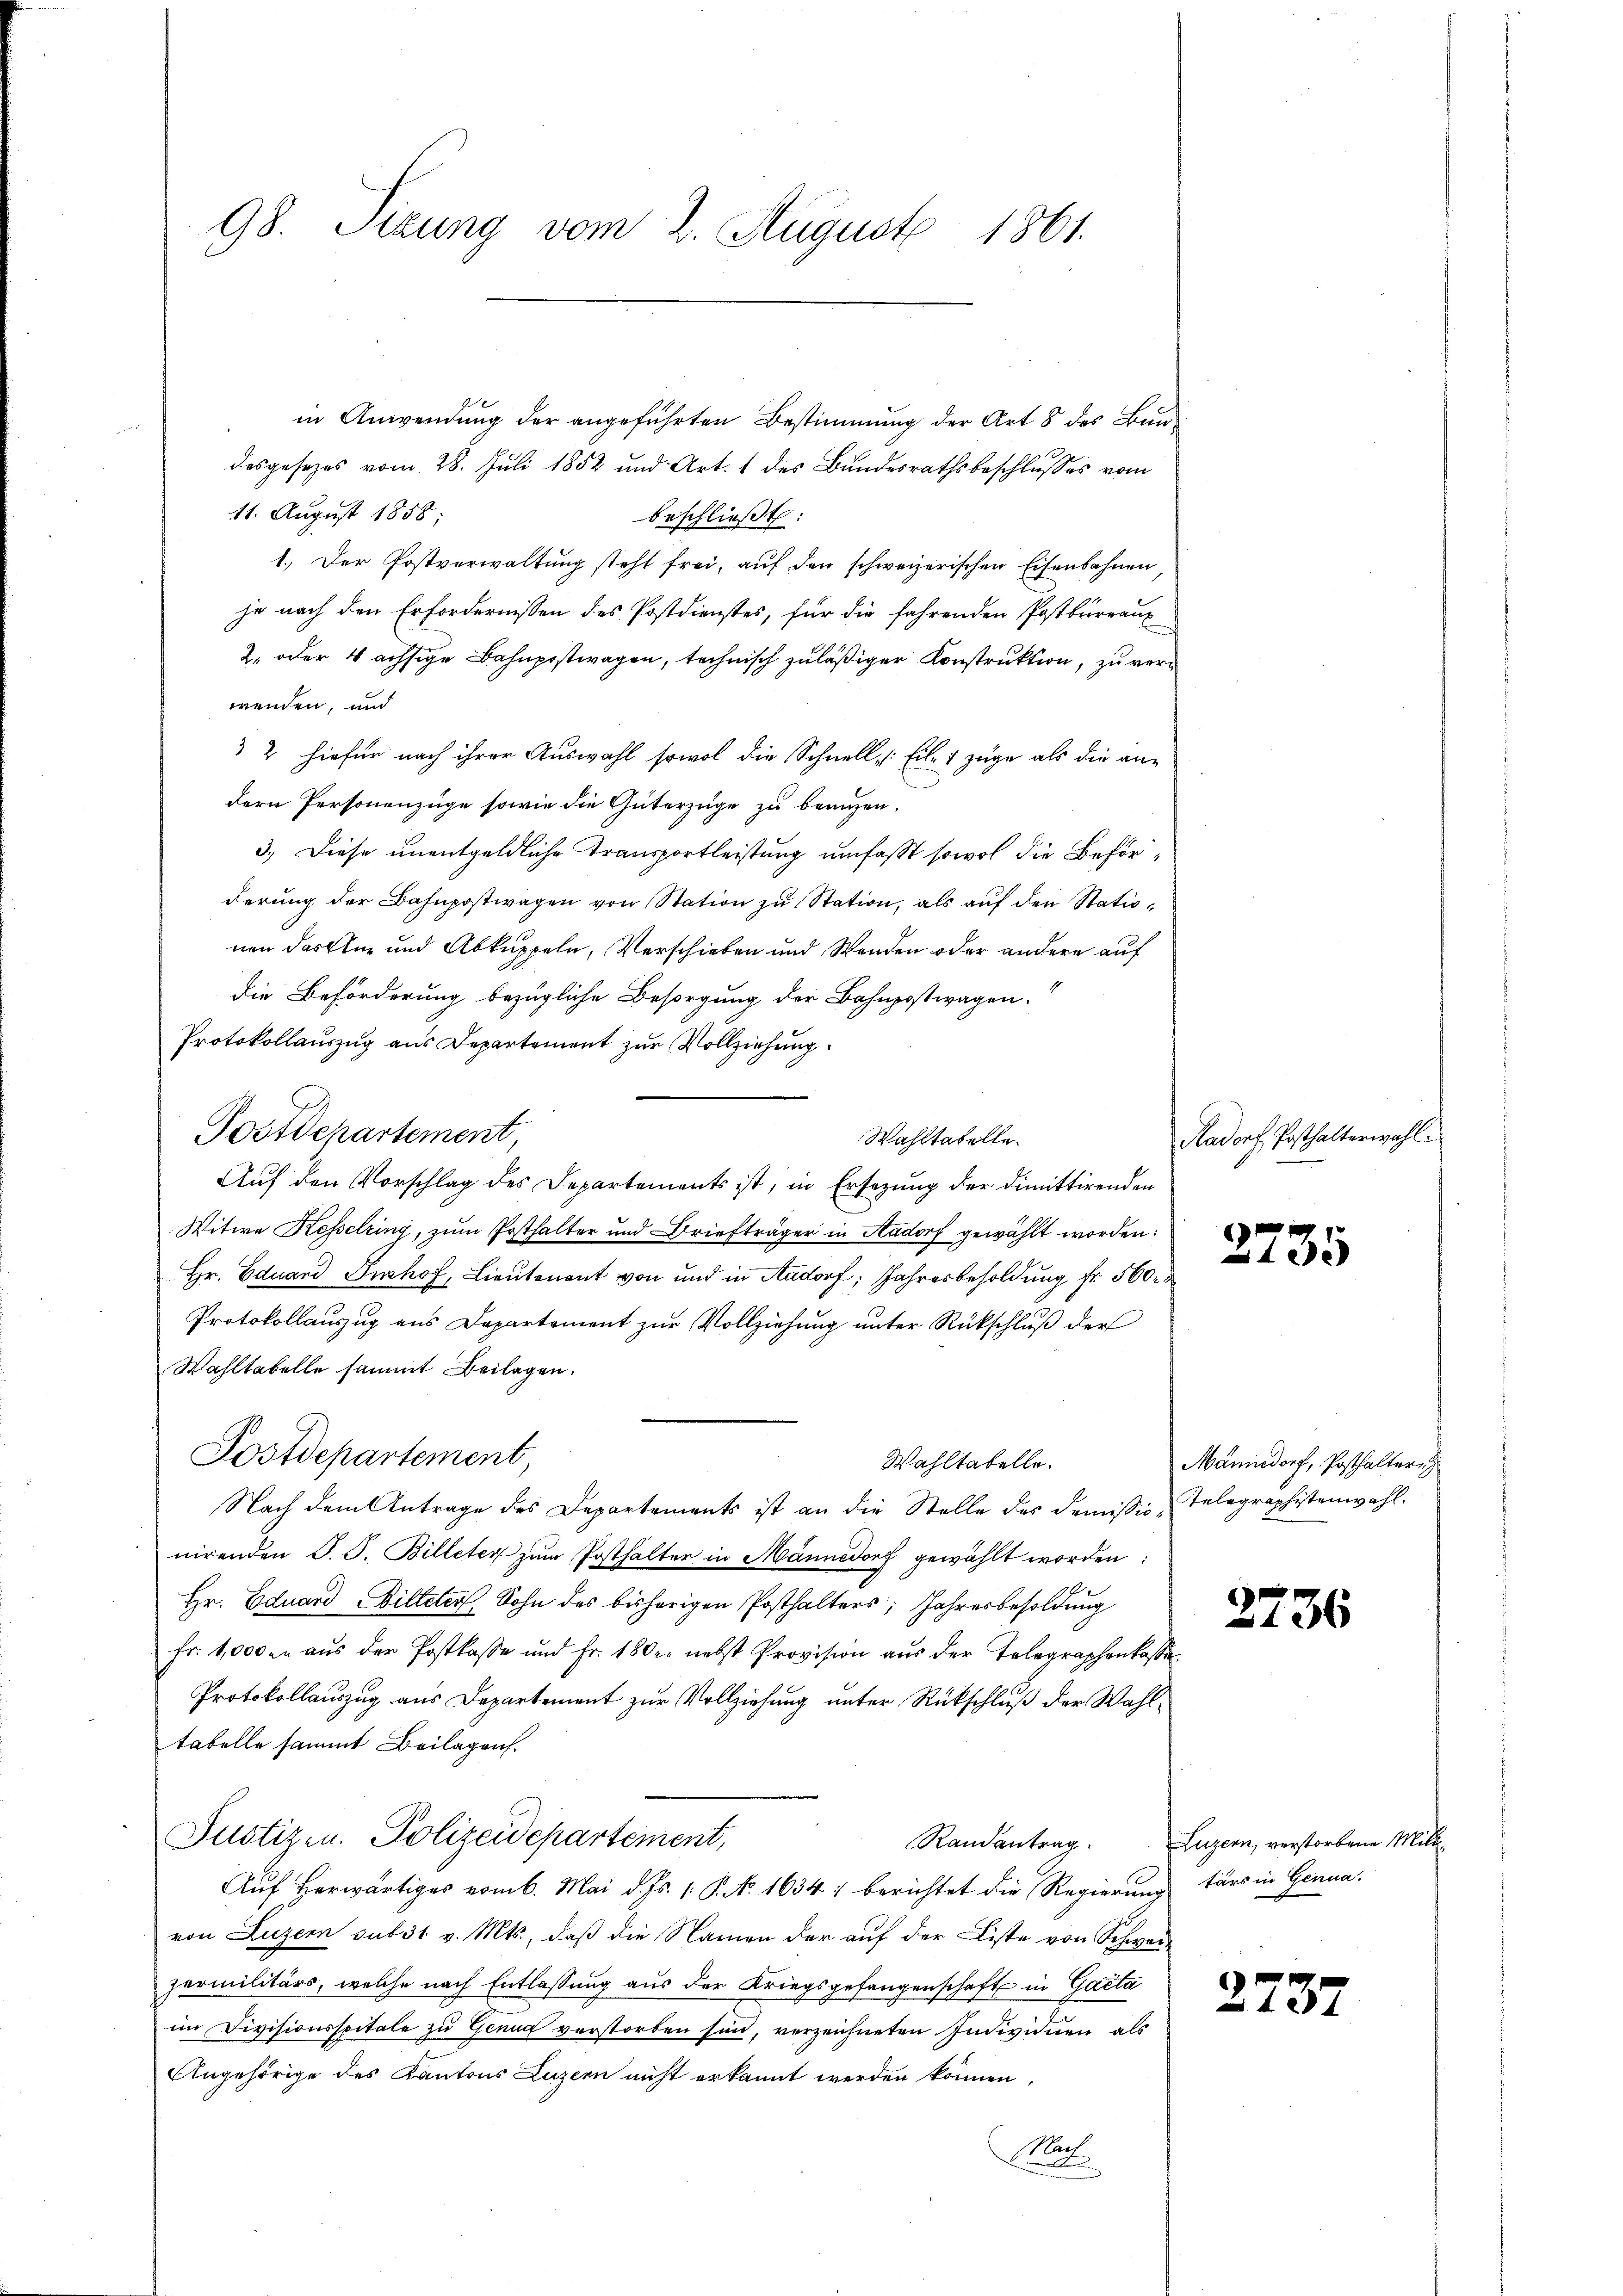
98. Sizung vom 2. August
1861.

in Anwendung der angeführten Bestimmung der Art 8 des Bundesgesezes vom 28. Juli 1852 und Art. 1 des Bundesrathsbeschlusses vom
11. August 1858;
beschließt:
1.) Der Postverwaltŭng steht frei, aŭf den schweizerischen Eisenbahnen,
je nach den Erfordernissen des Postdienstes, für die fahrenden Postkurranz
2. oder Wachsige Bahnpostwagen, technisch zuläßiger Konstruktion, zu verwenden, und
 2 hiefür nach ihrer Auswahl sowol die Schnell Eile 1 zuge als die andern Personenzüge sowie die Güterzüge zu beaugen.
3.) Diese unentgeldliche Transportleistung umfasst sowol die Behörderung der Bahnpostwagen von Station zu Station, als auf den Stationen Fasten und Abkuppeln, Verschieben und Wenden oder andere auf
die Beförderung bezügliche Besorgung der Bahnpostwagen.
Protokollauszug aus Departement zur Vollziehung
Wahltatelle.
Auf den Vorschlag des Departements ist, in Ersezung der dimittirenden
Witwe Kesselring, zum Posthalter und Briefträger in Aadorf gewählt worden:
Hr. Eduard Inshof, Lieutenant von und in Aadorf; Jahresbesoldung fr. 560
Protokollauszug aus Departement zur Vollziehung unter Rückschluß der
Wahltabelle sammt Beilagen.
Postdepartement,
Wahltatelle.
Nach dem Antrage des Departements ist an die Stelle des Demissio Telegraphistenwahl.
nirenden J. J. Billeter zŭm Posthalter in Männedorf gewählt worden:
Hr. Eduard Billeter, Sohn des bisherigen Posthalters; Jahresbesoldung
Fr. 1,000 an aŭs der Postkasse und Fr. 180. nebst Provision aŭs der Telegraphenkasse
Protokollauszug aus Departement zur Vollziehung unter Rückschluß der Wahltabelle sammt Beilagen.
Justizen. Polizeidepartement,
Auf herwärtiges vom 6. Mai d. Js. 1. P. N. 1634) berichtet die Regierung tärs in Genuavon Luzern sub 31 v. Mts., daß die Namen der auf der Liste von Schwerzermilitärs, welche nach Entlassŭng aŭs der Kriegsgefangenschaft in Gacta
im Divisionsspitale zu Genua verstorben sind, verzeichneten Individuen als
Angehörige des Kantons Luzern nicht erkannt werden können,
Mac

Postdepartement,

Kadorf Posthalterwahl.

Randantrag. Luzern, verstorbene Mi

2735

Männedorf, Posthalteri

2736

xx